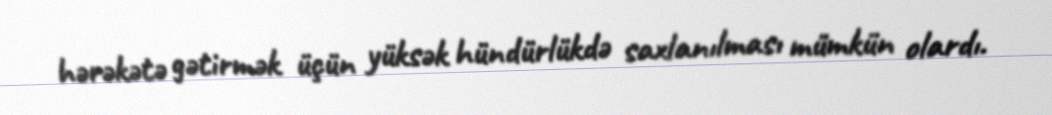
hərəkətə gətirmək üçün yüksək hündürlükdə saxlanılması mümkün olardı.